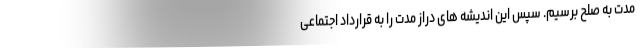
مدت به صلح برسیم. سپس این اندیشه های دراز مدت را به قراردادِ اجتماعی